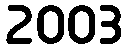
2003